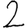
Digit: 2